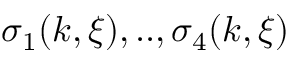
\sigma _ { 1 } ( k , \xi ) , . . , \sigma _ { 4 } ( k , \xi )